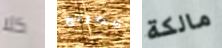
كلا شطرنج مالكة